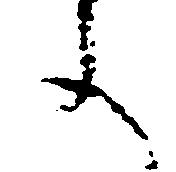
文